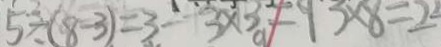
5 \div ( 8 - 3 ) = 3 3 \times 3 = 9 3 \times 8 = 2 4